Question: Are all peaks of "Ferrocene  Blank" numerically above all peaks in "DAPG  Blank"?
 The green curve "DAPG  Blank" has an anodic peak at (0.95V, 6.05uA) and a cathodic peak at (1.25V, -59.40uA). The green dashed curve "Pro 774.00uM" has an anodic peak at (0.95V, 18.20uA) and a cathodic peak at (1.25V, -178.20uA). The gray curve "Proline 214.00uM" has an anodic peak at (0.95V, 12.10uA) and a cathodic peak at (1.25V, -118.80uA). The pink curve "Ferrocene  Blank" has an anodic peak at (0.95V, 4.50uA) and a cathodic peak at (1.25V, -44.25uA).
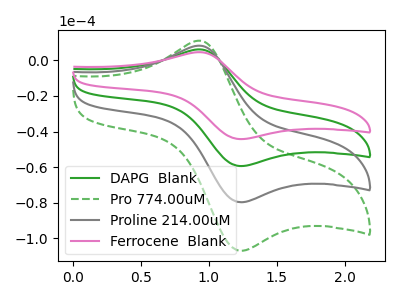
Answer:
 <answer>Every peak in "Ferrocene  Blank" is lower than every peak in "DAPG  Blank".</answer>
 <eval>lower</eval>